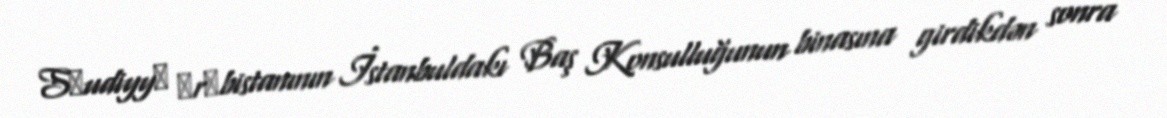
Sәudiyyә Әrәbistanının İstanbuldakı Baş Konsulluğunun binasına girdikdən sonra